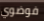
فوضوي